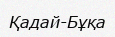
Қадай-Бұқа